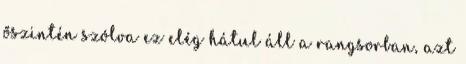
őszintén szólva ez elég hátul áll a rangsorban, azt